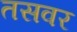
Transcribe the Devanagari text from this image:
तसवर